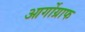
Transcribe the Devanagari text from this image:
आर्गोग्राफ